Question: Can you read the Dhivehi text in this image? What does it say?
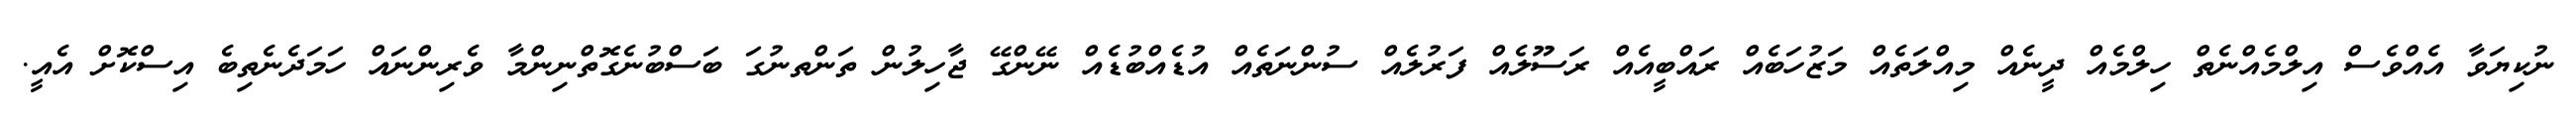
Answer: ނުކިޔަވާ އެއްވެސް އިލްމެއްނެތް ހިލްމެއް ދީނެއް މިއްލަތެއް މަޒުހަބެއް ރައްބީއެއް ރަސޫލެއް ފަރުލެއް ސުންނަތެއް އުޑެއްބުޑެއް ނޭންގޭ ޖާހިލުން ތަންތނުގަ ބަސްބުނެގޮތްނިންމާ ވެރިންނައް ހަމަދެނެތިބެ އިސްކޮށް އެއީ.